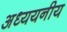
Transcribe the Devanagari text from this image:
अध्ययनीय